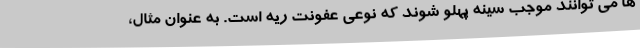
ها می توانند موجب سینه پهلو شوند که نوعی عفونت ریه است. به عنوان مثال،